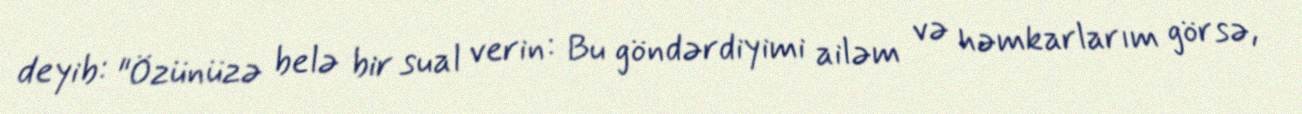
deyib: "Özünüzə belə bir sual verin: Bu göndərdiyimi ailəm və həmkarlarım görsə,